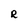
Character: R